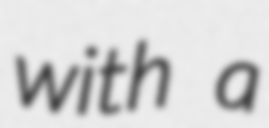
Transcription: with a